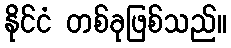
နိုင်ငံ တစ်ခုဖြစ်သည်။